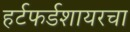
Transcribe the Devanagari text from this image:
हर्टफर्डशायरचा